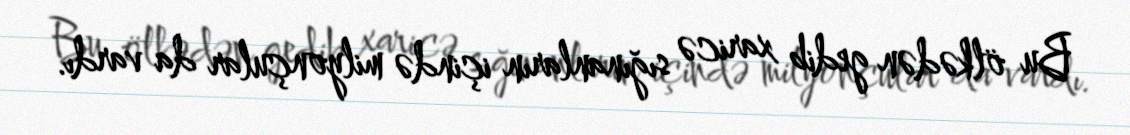
Bu ölkədən gedib xaricə sığınanların içində milyonçular da vardı.